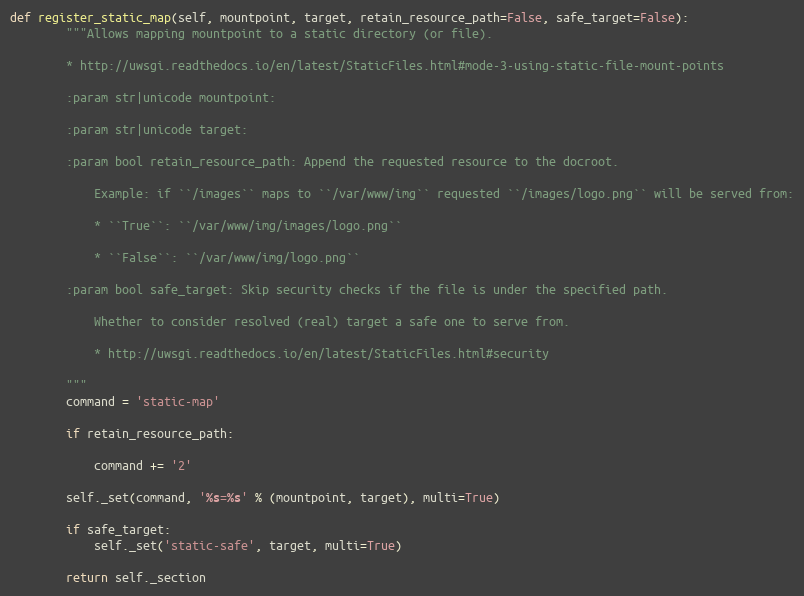
Language: Python
def register_static_map(self, mountpoint, target, retain_resource_path=False, safe_target=False):
        """Allows mapping mountpoint to a static directory (or file).

        * http://uwsgi.readthedocs.io/en/latest/StaticFiles.html#mode-3-using-static-file-mount-points

        :param str|unicode mountpoint:

        :param str|unicode target:

        :param bool retain_resource_path: Append the requested resource to the docroot.

            Example: if ``/images`` maps to ``/var/www/img`` requested ``/images/logo.png`` will be served from:

            * ``True``: ``/var/www/img/images/logo.png``

            * ``False``: ``/var/www/img/logo.png``

        :param bool safe_target: Skip security checks if the file is under the specified path.

            Whether to consider resolved (real) target a safe one to serve from.

            * http://uwsgi.readthedocs.io/en/latest/StaticFiles.html#security

        """
        command = 'static-map'

        if retain_resource_path:

            command += '2'

        self._set(command, '%s=%s' % (mountpoint, target), multi=True)

        if safe_target:
            self._set('static-safe', target, multi=True)

        return self._section